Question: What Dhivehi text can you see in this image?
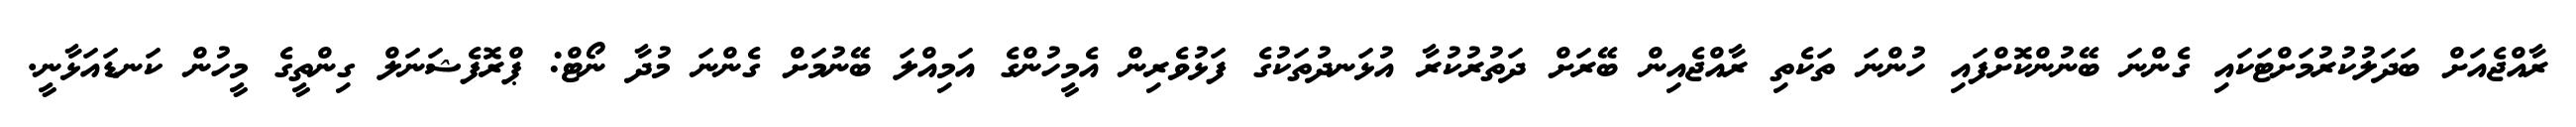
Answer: ރާއްޖެއަށް ބަދަލުކުރުމަށްޓަކައި ގެންނަ ބޭނުންކޮށްފައި ހުންނަ ތަކެތި ރާއްޖެއިން ބޭރަށް ދަތުރުކުރާ އުޅަނދުތަކުގެ ފަޅުވެރިން އެމީހުންގެ އަމިއްލަ ބޭނުމަށް ގެންނަ މުދާ ނޯޓް: ޕްރޮފެޝަނަލް ގިންތީގެ މީހުން ކަނޑައަޅާނީ.